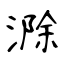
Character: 滁